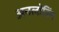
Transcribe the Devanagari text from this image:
अनलोडिंग